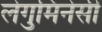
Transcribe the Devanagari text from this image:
लेगुमिनेसी